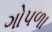
ગોપળા